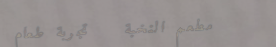
مطعم النخبة   تجربة طعام